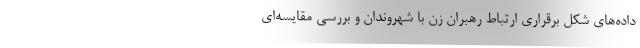
داده‌های شکل برقراری ارتباط رهبران زن با شهروندان و بررسی مقایسه‌ای